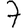
Digit: 7